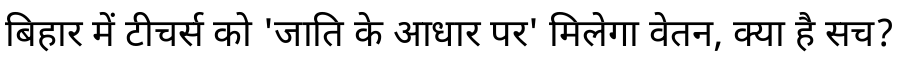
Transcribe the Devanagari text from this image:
बिहार में टीचर्स को 'जाति के आधार पर' मिलेगा वेतन, क्या है सच?